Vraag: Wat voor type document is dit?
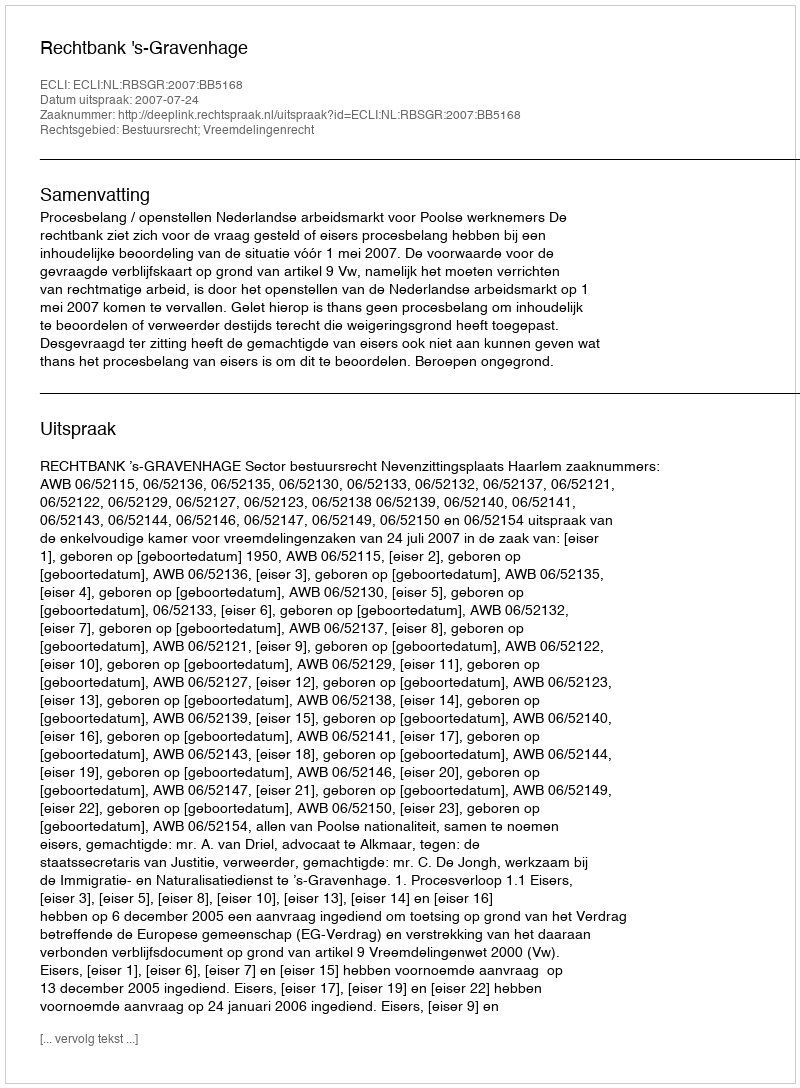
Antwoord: Uitspraak